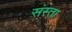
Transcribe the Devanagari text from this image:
संस्ता